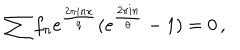
\sum f _ { n } e ^ { \frac { 2 \pi i n x } { q } } ( e ^ { \frac { 2 \pi i n } { \theta } } - 1 ) = 0 \, ,